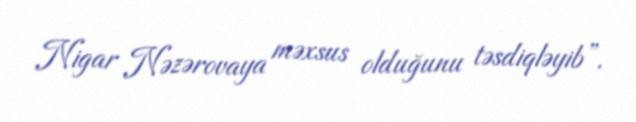
Nigar Nəzərovaya məxsus olduğunu təsdiqləyib”.